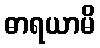
ဓာရယာမိ